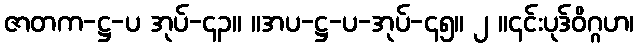
ဇာတက-ဋ္ဌ-ပ အုပ်-၄၃။ ။အပ-ဋ္ဌ-ပ-အုပ်-၄၅။ ၂ ။၎င်းပုဒ်ဝိဂ္ဂဟ၊